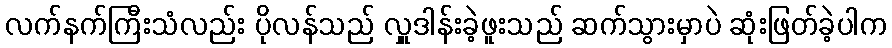
လက်နက်ကြီးသံလည်း ပိုလန်သည် လှူဒါန်းခဲ့ဖူးသည် ဆက်သွားမှာပဲ ဆုံးဖြတ်ခဲ့ပါက